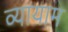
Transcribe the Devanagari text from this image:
व्‍यायाम